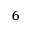
^ 6